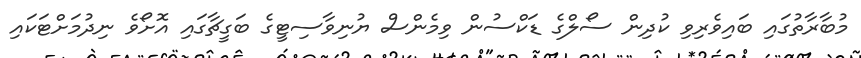
މުބާރާތުގައި ބައިވެރިވި ކުދިން ސޯލްގެ ޑަކްސުން ވިމެންސް ޔުނިވާސިޓީގެ ބަގީޗާގައި އޮށޯވެ ނިދުމަށްޓަކައި